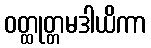
ဝတ္ထုတ္တမဒါယိကာ